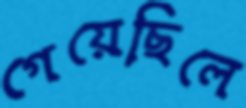
গেয়েছিলে